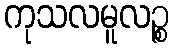
ကုသလမူလဉ္စ